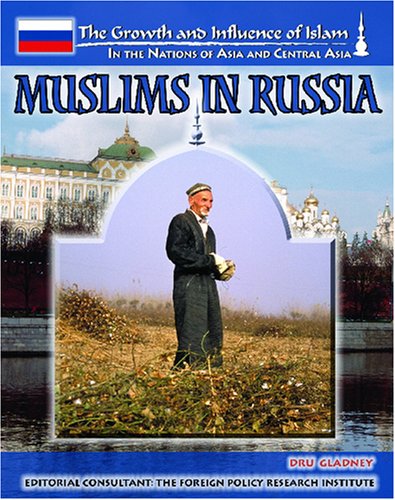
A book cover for Muslims In Russia (The Growth and Influence of Islam in the Nations of Asia and Central Asia); Uli Schamiloglu; Teen & Young Adult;